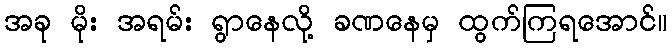
အခု မိုး အရမ်း ရွာနေလို့ ခဏနေမှ ထွက်ကြရအောင်။